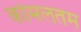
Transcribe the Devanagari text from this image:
कोमलतम